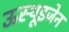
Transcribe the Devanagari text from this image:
ऊस्थूइजेन